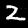
Label: 2